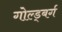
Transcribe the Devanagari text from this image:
गोल्ड्बर्ग